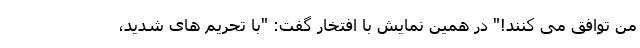
من توافق می کنند!" در همین نمایش با افتخار گفت: "با تحریم های شدید،